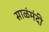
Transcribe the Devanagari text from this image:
साळंमंदी